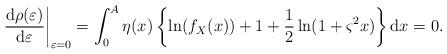
LaTeX: \begin{align*}{\left. {\frac{{{\rm{d}}\rho (\varepsilon )}}{{{\rm{d}}\varepsilon }}} \right|_{\varepsilon = 0}} = \int_0^A {\eta (x)\left\{ \ln ( {f_X(x)} ) + 1+ \frac{1}{2}\ln (1 + {\varsigma ^2}x) \right\}{\rm{d}}x} = 0.\end{align*}